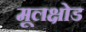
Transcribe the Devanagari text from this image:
मूलक्षोड